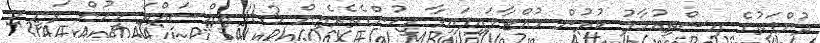
ދުންފަތުގެ އިސްތިއުމާލު ކުރުން ހުއްޓާލައިފައިވާ މީހުންގެތެރެއިން 11.3 އިއްސައްތަ މީހުން ވަނީ މި